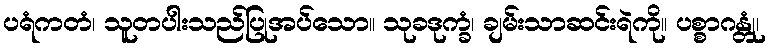
ပရံကတံ၊ သူတပါးသည်ပြုအပ်သော။ သုခဒုက္ခံ၊ ချမ်းသာဆင်းရဲကို။ ပစ္စာဂန္တုံ၊